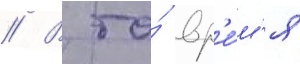
// В то́ вр'е́м'я